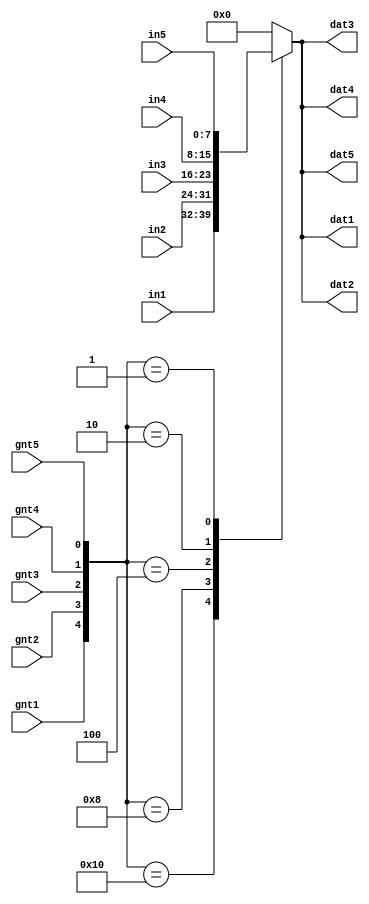
`timescale 1ns / 1ps
//////////////////////////////////////////////////////////////////////////////////
// Company: 
// Engineer: 
// 
// Design Name: 
// Module Name:    crossbar 
// Project Name: 
// Target Devices: 
// Tool versions: 
// Description: 
//
// Dependencies: 
//
// Revision: 
// Revision 0.01 - File Created
// Additional Comments: 
//
//////////////////////////////////////////////////////////////////////////////////
module crossbar(gnt1,gnt2,gnt3,gnt4,gnt5, in1, in2, in3,in4, in5, dat1, dat2, dat3,dat4, dat5
    );
input gnt1, gnt2,gnt3,gnt4, gnt5;
input [0:7] in1, in2, in3, in4, in5;
output [0:7] dat1, dat2, dat3, dat4, dat5;
reg[0:7] dat1= 8'b00000000;
reg[0:7] dat2= 8'b00000000;
reg[0:7] dat3= 8'b00000000;
reg[0:7] dat4= 8'b00000000;
reg[0:7] dat5= 8'b00000000;
always @(gnt1 or gnt2 or gnt3 or gnt4 or gnt5 or in1 or in2 or in3 or in4 or in5)
begin
case({gnt1,gnt2,gnt3,gnt4, gnt5})
5'b10000:
begin
dat1<=in1;
dat2<=in1;
dat3<=in1;
dat4<=in1;
dat5<=in1;
end
5'b01000:
begin
dat1<=in2;
dat2<=in2;
dat3<=in2;
dat4<=in2;
dat5<=in2;
end
5'b00100:
begin
dat1<=in3;
dat2<=in3;
dat3<=in3;
dat4<=in3;
dat5<=in3;
end
5'b00010 :
begin
dat1<=in4;
dat2<=in4;
dat3<=in4;
dat4<=in4;
dat5<=in4;
end
5'b00001 :
begin
dat1<=in5;
dat2<=in5;
dat3<=in5;
dat4<=in5;
dat5<=in5;
end
default:
begin
dat1<=8'b00000000;
dat2<=8'b00000000;
dat3<=8'b00000000;
dat4<=8'b00000000;
dat5<=8'b00000000;
end
endcase
end

endmodule